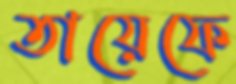
তায়েফে